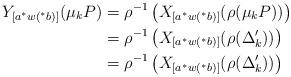
LaTeX: \begin{align*}Y_{[a^{\ast}w(^{\ast}b)]}(\mu_{k}P)&=\rho^{-1}\left(X_{[a^{\ast}w(^{\ast}b)]}(\rho(\mu_{k}P))\right) \\&=\rho^{-1}\left(X_{[a^{\ast}w(^{\ast}b)]}(\rho(\Delta_{k}'))\right) \\&=\rho^{-1}\left(X_{[a^{\ast}w(^{\ast}b)]}(\rho(\Delta_{k}'))\right)\end{align*}